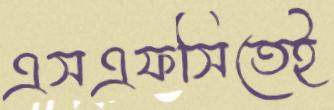
এসএফসিতেই